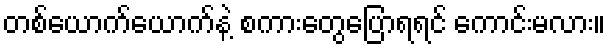
တစ်ယောက်ယောက်နဲ့ စကားတွေပြောရရင် ကောင်းမလား။